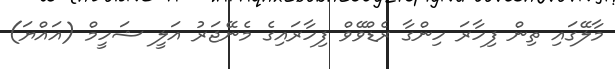
މާލޭގައި ތިން ފިހާރަ ހިންގާ ރެޑްވޭވް ފިހާރައިގެ މެނޭޖަރު އަލީ ޝަހީމް (އައްޔަ)